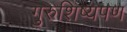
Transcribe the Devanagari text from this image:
गुरुशिष्यपण